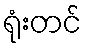
ရုံးတင်